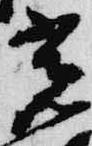
光